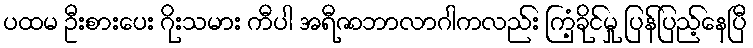
ပထမ ဦးစားပေး ဂိုးသမား ကီပါ အရီဇာဘာလာဂါကလည်း ကြံ့ခိုင်မှု ပြန်ပြည့်နေပြီ